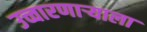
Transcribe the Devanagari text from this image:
उच्चारणाऱ्याला